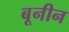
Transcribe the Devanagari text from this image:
बूनीन